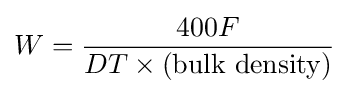
W={\frac {400F}{DT\times ({\text{bulk density}})}}